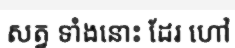
សត្វ ទាំងនោះ ដែរ ហៅ